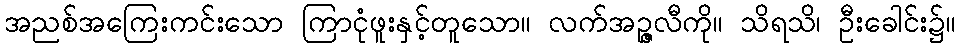
အညစ်အကြေးကင်းသော ကြာငုံဖူးနှင့်တူသော။ လက်အဉ္ဇလီကို။ သိရသိ၊ ဦးခေါင်း၌။